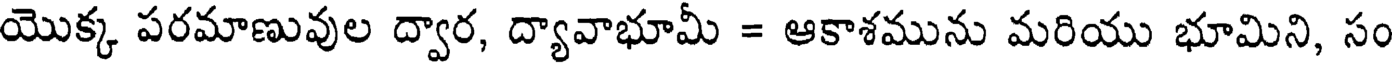
యొక్క పరమాణువుల ద్వార, ద్యావాభూమీ = ఆకాశమును మరియు భూమిని, సం